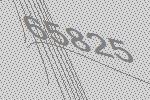
65825